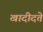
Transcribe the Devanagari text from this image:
खादीदते